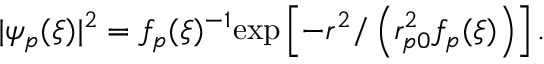
| \psi _ { p } ( \xi ) | ^ { 2 } = f _ { p } ( \xi ) ^ { - 1 } \mathrm { e x p } \left[ { - r ^ { 2 } / \left( r _ { p 0 } ^ { 2 } f _ { p } ( \xi ) \right) } \right] .